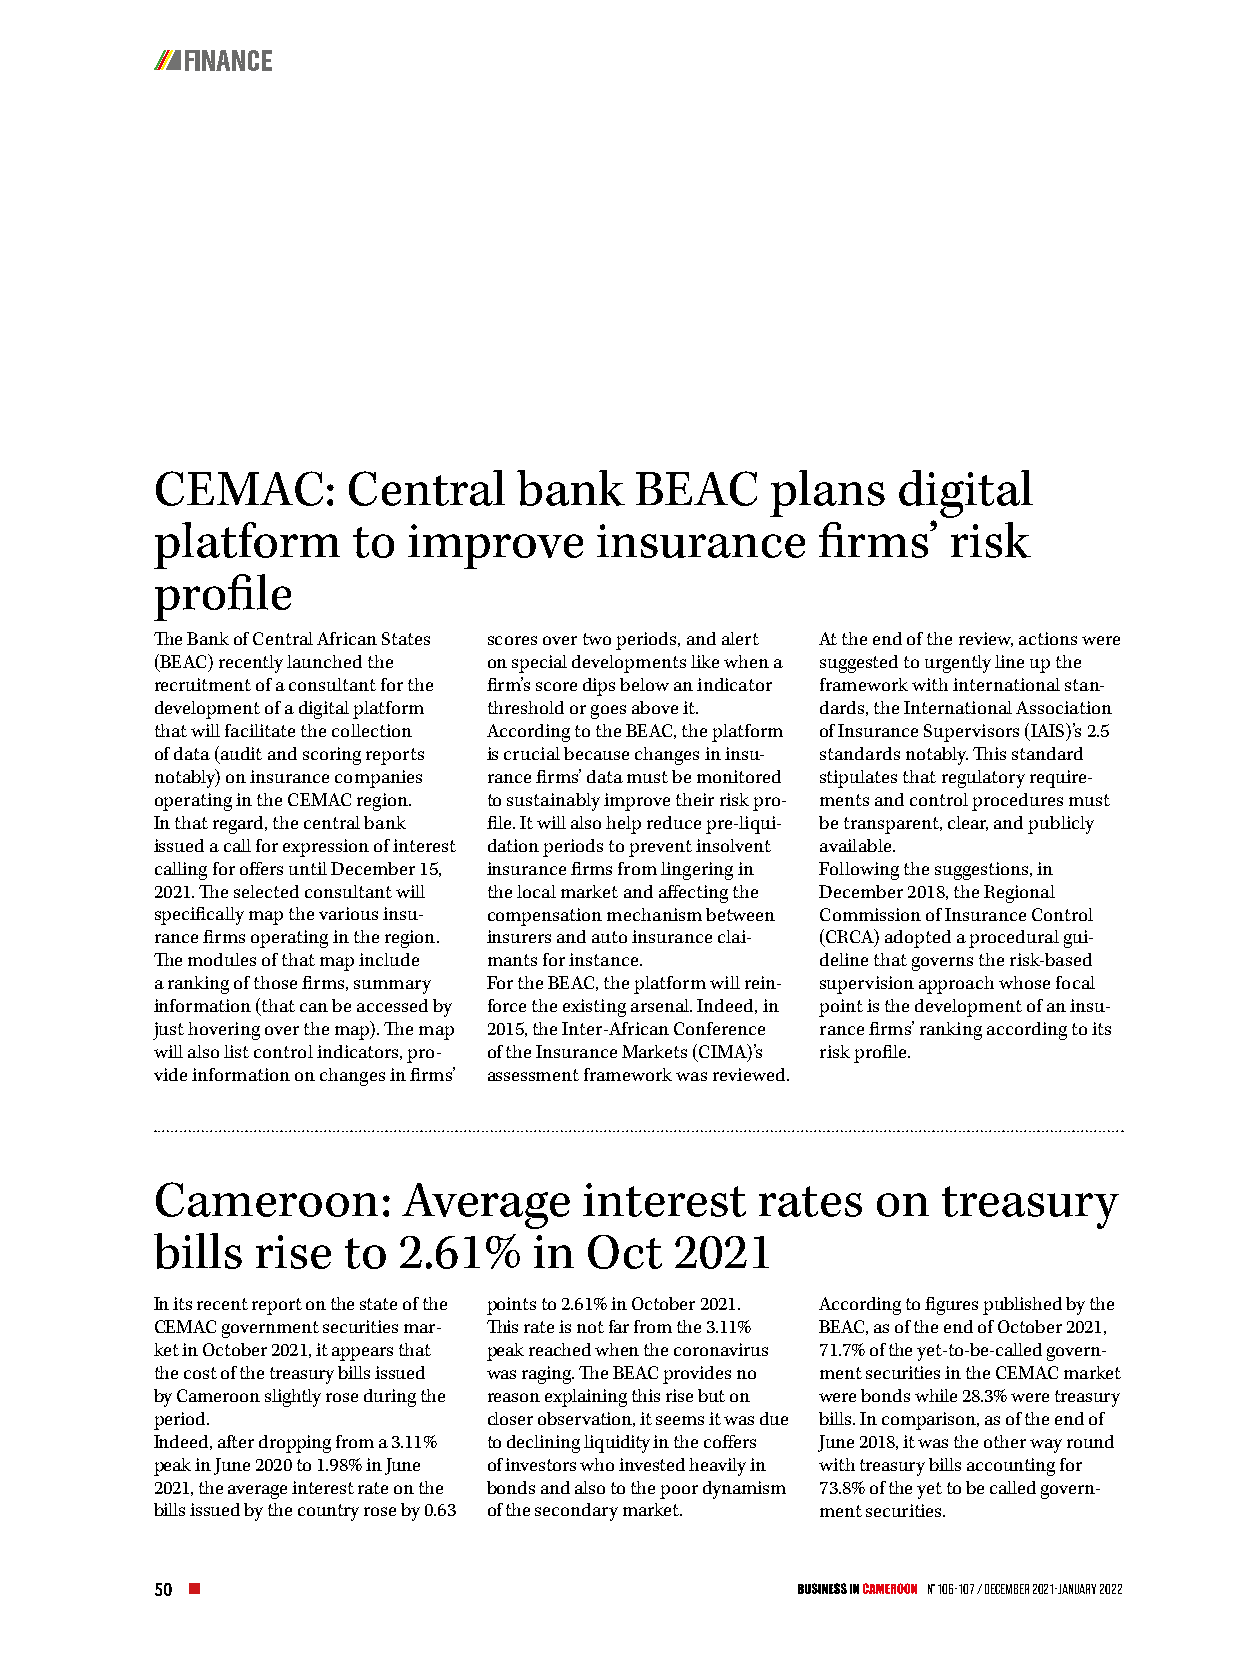
FINANCE
 CEMAC:       Central    bank    BEAC     plans   digital
 platform     to  improve     insurance      firms’   risk
 profile
 The Bank of Central African States scores over two periods, and alert At the end of the review, actions were
 (BEAC) recently launched the on special developments like when a suggested to urgently line up the
 recruitment of a consultant for the firm’s score dips below an indicator framework with international stan-
 development of a digital platform threshold or goes above it. dards, the International Association
 that will facilitate the collection According to the BEAC, the platform of Insurance Supervisors (IAIS)’s 2.5
 of data (audit and scoring reports is crucial because changes in insu- standards notably. This standard
 notably) on insurance companies rance firms’ data must be monitored stipulates that regulatory require-
 operating in the CEMAC region. to sustainably improve their risk pro- ments and control procedures must
 In that regard, the central bank file. It will also help reduce pre-liqui- be transparent, clear, and publicly
 issued a call for expression of interest dation periods to prevent insolvent available.
 calling for offers until December 15, insurance firms from lingering in Following the suggestions, in
 2021. The selected consultant will the local market and affecting the December 2018, the Regional
 specifically map the various insu- compensation mechanism between Commission of Insurance Control
 rance firms operating in the region. insurers and auto insurance clai- (CRCA) adopted a procedural gui-
 The modules of that map include mants for instance. deline that governs the risk-based
 a ranking of those firms, summary For the BEAC, the platform will rein- supervision approach whose focal
 information (that can be accessed by force the existing arsenal. Indeed, in point is the development of an insu-
 just hovering over the map). The map 2015, the Inter-African Conference rance firms’ ranking according to its
 will also list control indicators, pro- of the Insurance Markets (CIMA)’s risk profile.
 vide information on changes in firms’ assessment framework was reviewed.
 Cameroon:        Average     interest   rates   on  treasury
 bills  rise  to 2.61%    in  Oct   2021
 In its recent report on the state of the points to 2.61% in October 2021. According to figures published by the
 CEMAC government securities mar- This rate is not far from the 3.11% BEAC, as of the end of October 2021,
 ket in October 2021, it appears that peak reached when the coronavirus 71.7% of the yet-to-be-called govern-
 the cost of the treasury bills issued was raging. The BEAC provides no ment securities in the CEMAC market
 by Cameroon slightly rose during the reason explaining this rise but on were bonds while 28.3% were treasury
 period.               closer observation, it seems it was due bills. In comparison, as of the end of
 Indeed, after dropping from a 3.11% to declining liquidity in the coffers June 2018, it was the other way round
 peak in June 2020 to 1.98% in June of investors who invested heavily in with treasury bills accounting for
 2021, the average interest rate on the bonds and also to the poor dynamism 73.8% of the yet to be called govern-
 bills issued by the country rose by 0.63 of the secondary market. ment securities.
 50                                                 N° 106-107 / December 2021-January 2022